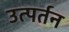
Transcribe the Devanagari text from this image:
उत्पर्तन